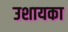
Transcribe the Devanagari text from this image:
उशायका